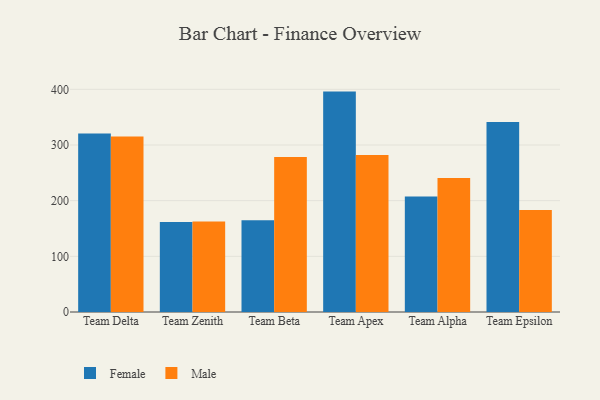
{"axis": {"x": "Team", "y": "Gross Profit (USD K)"}, "legend": ["Female", "Male"], "data": [{"x": "Team Delta", "y": 320.6, "type": "Female"}, {"x": "Team Delta", "y": 315.2, "type": "Male"}, {"x": "Team Zenith", "y": 161.5, "type": "Female"}, {"x": "Team Zenith", "y": 162.7, "type": "Male"}, {"x": "Team Beta", "y": 164.6, "type": "Female"}, {"x": "Team Beta", "y": 278.5, "type": "Male"}, {"x": "Team Apex", "y": 395.9, "type": "Female"}, {"x": "Team Apex", "y": 282.0, "type": "Male"}, {"x": "Team Alpha", "y": 207.4, "type": "Female"}, {"x": "Team Alpha", "y": 240.7, "type": "Male"}, {"x": "Team Epsilon", "y": 341.4, "type": "Female"}, {"x": "Team Epsilon", "y": 183.4, "type": "Male"}]}